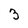
Character: 3